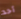
أحد